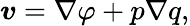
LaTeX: \boldsymbol{v}=\nabla\varphi+p\nabla q,